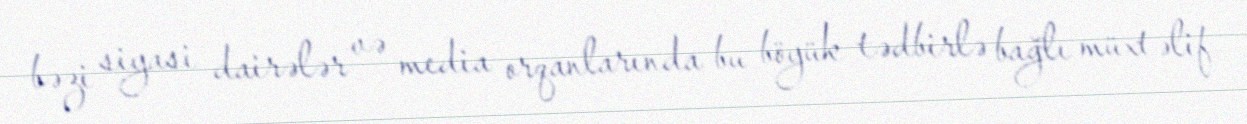
bəzi siyasi dairələr və media orqanlarında bu böyük tədbirlə bağlı müxtəlif